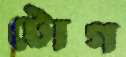
টোগ